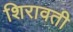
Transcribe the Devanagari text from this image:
शिरावती